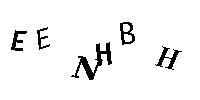
EENHBH